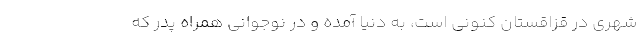
شهری در قزاقستان کنونی است، به دنیا آمده و در نوجوانی همراه پدر که